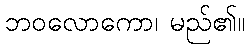
ဘဝလောကော၊ မည်၏။